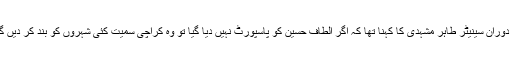
اس دوران سینیٹر طاہر مشہدی کا کہنا تھا کہ اگر الطاف حسین کو پاسپورٹ نہیں دیا گیا تو وہ کراچی سمیت کئی شہروں کو بند کر دیں گے۔